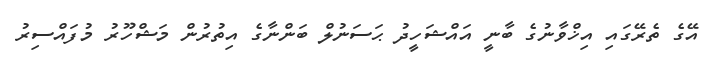
އޭގެ ތެރޭގައި އިޚްވާނުގެ ބާނީ އައްޝަހީދު ޙަސަނުލް ބަންނާގެ އިތުރުން މަޝްހޫރު މުފައްސިރު